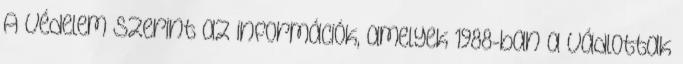
A védelem szerint az információk, amelyek 1988-ban a vádlottak